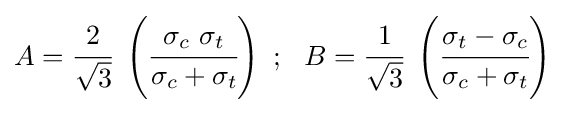
A={\cfrac {2}{\sqrt {3}}}~\left({\cfrac {\sigma _{c}~\sigma _{t}}{\sigma _{c}+\sigma _{t}}}\right)~;~~B={\cfrac {1}{\sqrt {3}}}~\left({\cfrac {\sigma _{t}-\sigma _{c}}{\sigma _{c}+\sigma _{t}}}\right)~